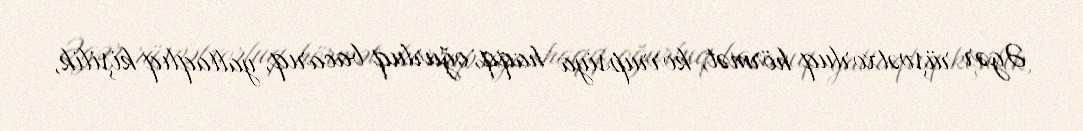
Əgər rüşvətxorluq hörmət, korrupsiya haqq, oğurluq bacarıq, yaltaqlıq kişilik,